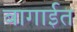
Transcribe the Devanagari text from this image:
बागाईत